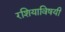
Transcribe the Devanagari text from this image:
रशियाविषयी